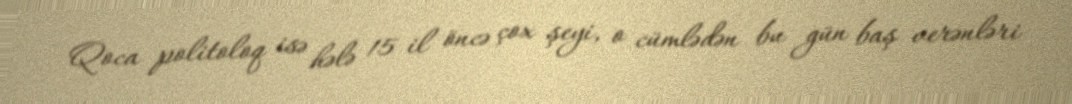
Qoca politoloq isə hələ 15 il öncə çox şeyi, o cümlədən bu gün baş verənləri